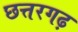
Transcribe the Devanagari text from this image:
छत्तरगढ़